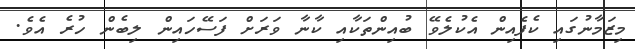
މިޒަމާނުގައި ކެފެއިން އެކުލެވޭ ބުއިންތަކާއި ކާނާ ވަރަށް ފަސޭހައިން ލިބެން ހުރެ އެވެ.